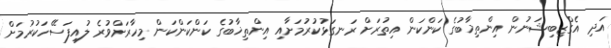
އަދި އެގްޒިބިޝަނުން އިންތިޚާބުގެ ކަންކަން އިތުރަށް ރަނގަޅުކުރުމަށާއި އިންތިޚާބުގެ ކަންކަންކަން މިހާރަށްވުރެ ލުއިފަސޭހަކުރުމަށް